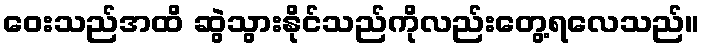
ဝေးသည်အထိ ဆွဲသွားနိုင်သည်ကိုလည်းတွေ့ရလေသည်။